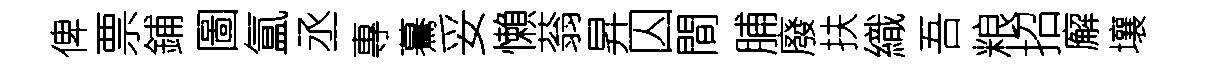
俾票鋪圖氲丞專驀妥懶蓊昇囚間脯廢扶織吾粮招廨壤